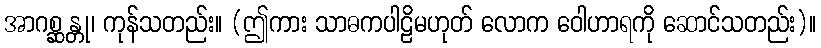
အာဂစ္ဆန္တု၊ ကုန်သတည်း။ (ဤကား သာဓကပါဠိမဟုတ် လောက ဝေါဟာရကို ဆောင်သတည်း)။